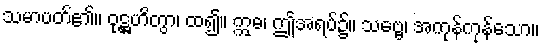
သမာပတ်၏။ ဝုဋ္ဌဟိတွာ၊ ထ၍။ ဣဓ၊ ဤအရပ်၌။ သဗ္ဗေ၊ အကုန်ကုန်သော။